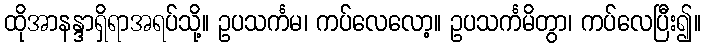
ထိုအာနန္ဒာရှိရာအရပ်သို့။ ဥပသင်္ကမ၊ ကပ်လေလော့။ ဥပသင်္ကမိတွာ၊ ကပ်လေပြီး၍။